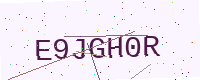
Text: E9JGH0R